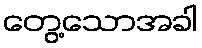
တွေ့သောအခါ